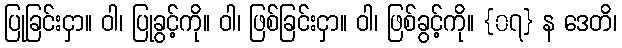
ပြုခြင်းငှာ။ ဝါ၊ ပြုခွင့်ကို။ ဝါ၊ ဖြစ်ခြင်းငှာ။ ဝါ၊ ဖြစ်ခွင့်ကို။ {၀၇} န ဒေတိ၊